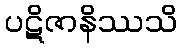
ပဋိဇာနိဿသိ